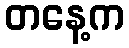
တနေ့က